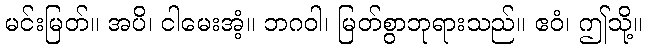
မင်းမြတ်။ အပိ၊ ငါမေးအံ့။ ဘဂဝါ၊ မြတ်စွာဘုရားသည်။ ဧဝံ၊ ဤသို့။